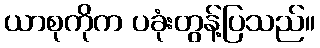
ယာစုကိုက ပခုံးတွန့်ပြသည်။